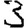
Digit: 3